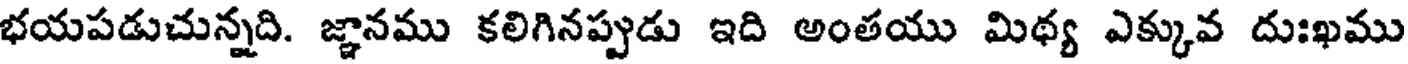
భయపడుచున్నది. జ్ఞానము కలిగినప్పుడు ఇది అంతయు మిథ్య ఎక్కువ దుఃఖము